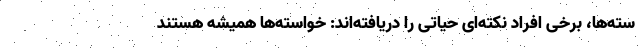
سته‌ها، برخی افراد نکته‌ای حیاتی را دریافته‌اند: خواسته‌ها همیشه هستند